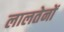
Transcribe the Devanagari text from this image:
लालतेनों